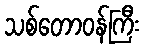
သစ်တောဝန်ကြီး